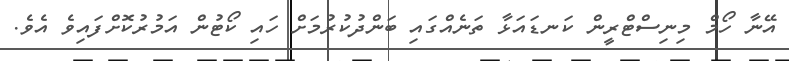
އޭނާ ހޯމް މިނިސްޓްރީން ކަނޑައަޅާ ތަނެއްގައި ބަންދުކުރުމަށް ހައި ކޯޓުން އަމުރުކޮށްފައިވެ އެވެ.